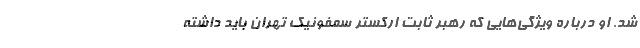
شد. او درباره ویژگی‌هایی که رهبر ثابت ارکستر سمفونیک تهران باید داشته